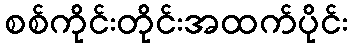
စစ်ကိုင်းတိုင်းအထက်ပိုင်း